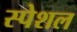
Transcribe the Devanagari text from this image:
स्‍पेशल